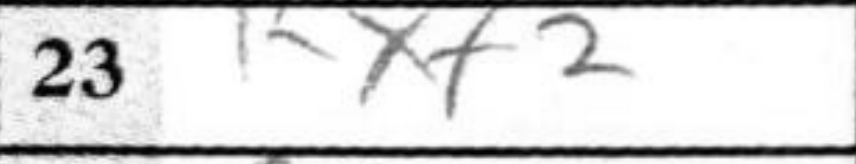
Transcription: Kxf2